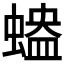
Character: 𧏱